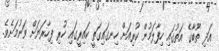
އަދި ތޫބާގެ އަތުގައި ހިފާލަމުން ކުރިއަށް ހިނގައިގަތީ ކައިރީގައި ހުރި ފިހާރަޔަށް ވަނުމަށެވެ.